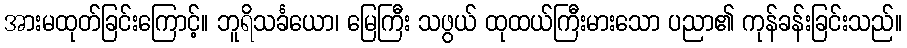
အားမထုတ်ခြင်းကြောင့်။ ဘူရိသင်္ခယော၊ မြေကြီး သဖွယ် ထုထယ်ကြီးမားသော ပညာ၏ ကုန်ခန်းခြင်းသည်။